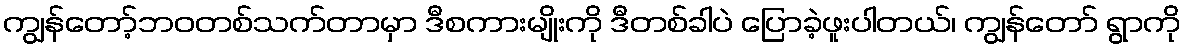
ကျွန်တော့်ဘဝတစ်သက်တာမှာ ဒီစကားမျိုးကို ဒီတစ်ခါပဲ ပြောခဲ့ဖူးပါတယ်၊ ကျွန်တော် ရွာကို